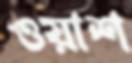
ওয়াশ